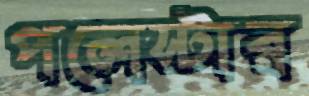
পলেস্টার